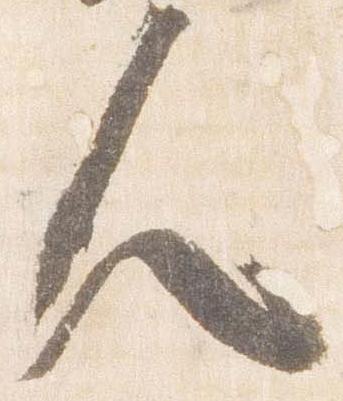
人